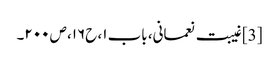
[3] غیبت نعمانی، باب ۱، ح۱۶، ص ۲۰۰۔